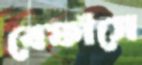
বেফাঁসে